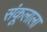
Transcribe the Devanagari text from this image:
संकूलाला